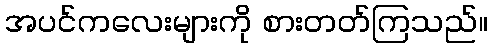
အပင်ကလေးများကို စားတတ်ကြသည်။